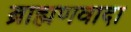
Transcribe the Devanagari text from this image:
ब्राह्मणवादा